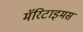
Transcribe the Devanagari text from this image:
मॅरिटाइमस